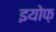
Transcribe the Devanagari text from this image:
इयोफ़